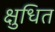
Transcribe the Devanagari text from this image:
क्षुधित